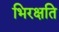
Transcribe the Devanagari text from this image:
भिरक्षति